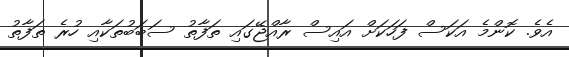
އެވެ. ކޮންމެ އަކަސް ފަހަކަށް އައިސް ރާއްޖޭގައި ތަފާތު ސަބަބުތަކާއި ހުރެ ތަފާތު